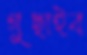
গুছাইব